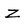
Character: Z